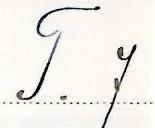
T. 7